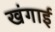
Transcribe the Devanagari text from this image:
खंगाई